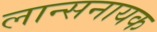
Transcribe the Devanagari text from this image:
लान्सनायक